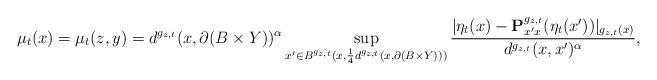
LaTeX: \begin{align*}\mu_{t}(x) = \mu_t(z,y) = d^{g_{z,t}} (x,\partial(B \times Y))^\alpha \sup_{x' \in B^{g_{z,t}}(x,\frac{1}{4}d^{g_{z,t}}(x,\partial(B\times Y)))} \frac{|\eta_t(x) - \mathbf{P}^{g_{z,t}}_{x'x}(\eta_t(x'))|_{g_{z,t}(x)}}{d^{g_{z,t}}(x,x')^\alpha},\end{align*}